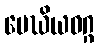
မေဃိယဝဂ္ဂ